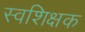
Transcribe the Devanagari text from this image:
स्वशिक्षक